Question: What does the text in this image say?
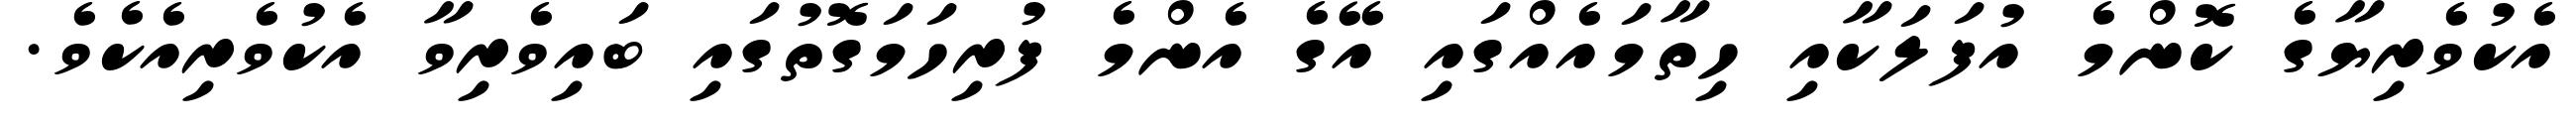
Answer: އެކުވެރިޔާގެ ކޮންމެ އުފަލަކާއި ހިތާމައެއްގައި އޭގެ އެންމެ ފުރިހަމަގޮތުގައި ބައިވެރިވާ އެކުވެރިއެކެވެ.